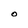
Character: O